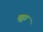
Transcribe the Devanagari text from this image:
सुट्टा